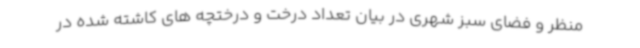
منظر و فضای سبز شهری در بیان تعداد درخت و درختچه های کاشته شده در